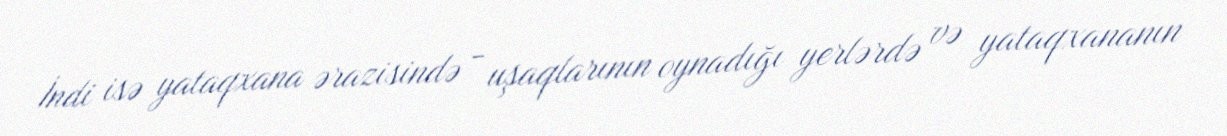
İndi isə yataqxana ərazisində - uşaqlarının oynadığı yerlərdə və yataqxananın